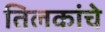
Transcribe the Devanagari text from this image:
तिलकांचे